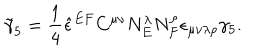
{ \tilde { \gamma } _ { 5 } } = \frac 1 4 { \hat { \epsilon } } ^ { E F } C ^ { \mu \nu } N _ { E } ^ { \lambda } N _ { F } ^ { \rho } \epsilon _ { \mu \nu \lambda \rho } \gamma _ { 5 } .